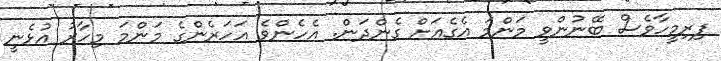
ފިރިމީހާވެސް ބޭނުންވީ މަންމަ އެގެއަށް ގެންދަން. އެހެންވެ އަހަރެންގެ މަންމަ މިހާރު އުޅެނީ